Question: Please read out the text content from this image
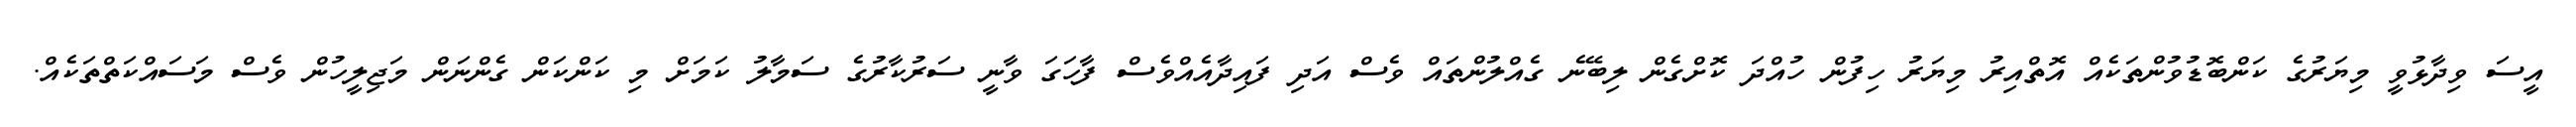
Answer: އީސަ ވިދާޅުވީ މިޔަރުގެ ކަންބޮޑުވުންތަކެއް އޮތްއިރު މިޔަރު ހިފުން ހުއްދަ ކޮށްގެން ލިބޭނެ ގެއްލުންތައް ވެސް އަދި ފައިދާއެއްވެސް ފާހަގަ ވާނީ ސަރުކާރުގެ ސަމާލު ކަމަށް މި ކަންކަން ގެންނަން މަޖިލީހުން ވެސް މަސައްކަތްތަކެއް.